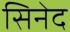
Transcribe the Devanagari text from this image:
सिनेद